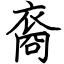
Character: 裔